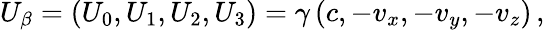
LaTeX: U_{\beta}=\left(U_{0},U_{1},U_{2},U_{3}\right)=\gamma\left(c,-v_{x},-v_{y},-v_{z}\right)\, ,